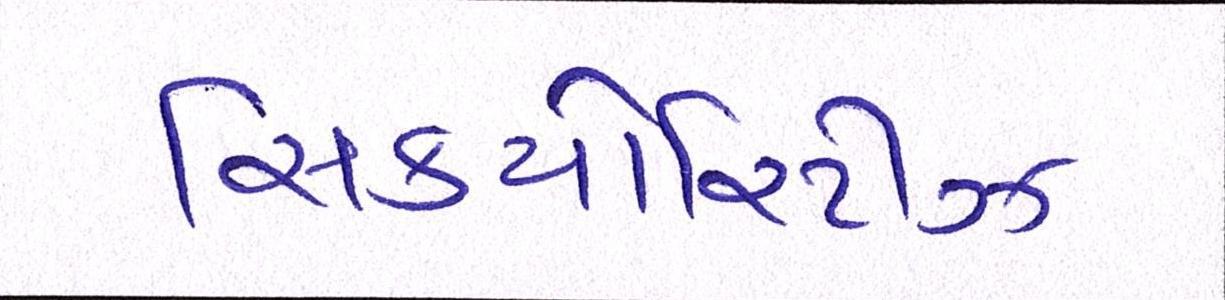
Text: સિક્યોરિટીઝ